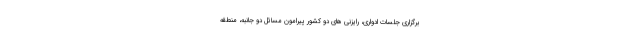
برگزاری جلسات ادواری، رایزنی های دو کشور پیرامون مسائل دو جانبه، منطقه